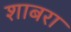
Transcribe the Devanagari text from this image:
शाबरा